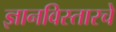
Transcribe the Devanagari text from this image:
ज्ञानविस्तारचे